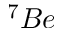
^ 7 B e